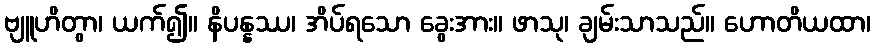
ဗျူဟိတွာ၊ ယက်၍။ နိပန္နဿ၊ အိပ်ရသော ခွေးအား။ ဖာသု၊ ချမ်းသာသည်။ ဟောတိယထာ၊